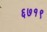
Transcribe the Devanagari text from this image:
६७१९